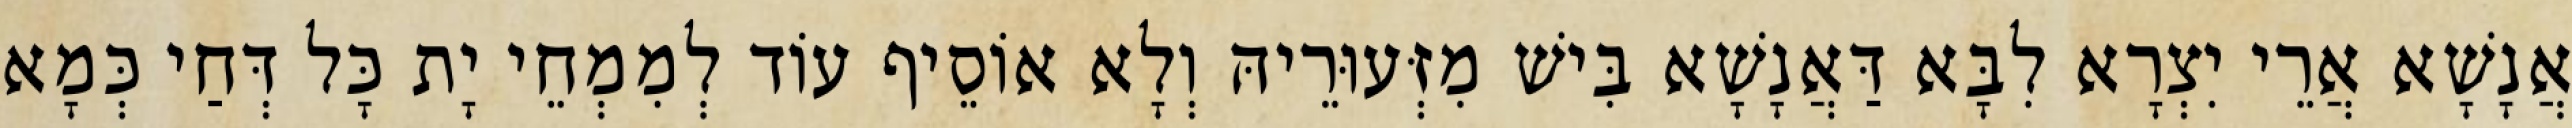
אֲנָשָׁא אֲרֵי יִצְרָא לִבָּא דַּאֲנָשָׁא בִּישׁ מִזְּעוּרֵיהּ וְלָא אוֹסֵיף עוֹד לְמִמְחֵי יָת כָּל דְּחַי כְּמָא